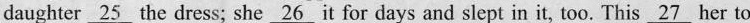
daughter \underline{25} the dress; she \underline{26} it for days and slept in it, too. This \underline{27} her to